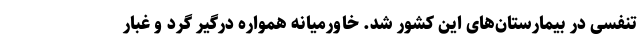
تنفسی در بیمارستان‌های این کشور شد. خاورمیانه همواره درگیر گرد و غبار